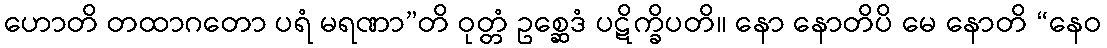
ဟောတိ တထာဂတော ပရံ မရဏာ”တိ ဝုတ္တံ ဥစ္ဆေဒံ ပဋိက္ခိပတိ။ နော နောတိပိ မေ နောတိ “နေဝ